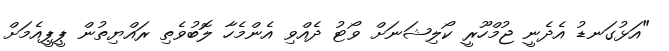
"އަޅުގަނޑު އެދެނީ ޖުމްހޫރީ ކޯލިޝަނަށް ވޯޓު ދެއްވި އެންމެހާ ލޮބުވެތި ރައްޔިތުން ޕީޕީއެމަށް